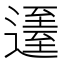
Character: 𨖹